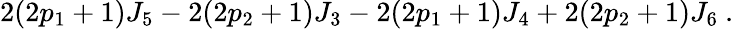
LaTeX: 2(2p_{1}+1)J_{5}-2(2p_{2}+1)J_{3}-2(2p_{1}+1)J_{4}+2(2p_{2}+1)J_{6}\ .